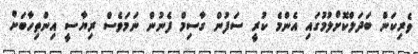
ވެރިކަން ބަދަލްކޮށްލުމުގައި އެންމެ ކުރީ ސަފުން ގާސިމް ފެނުން ނަމަވެސް ރިޔާސީ އިންތިހާބަށް